Vaccination in the Punjab 1897-1904 - 1897-1904
Year: 1897
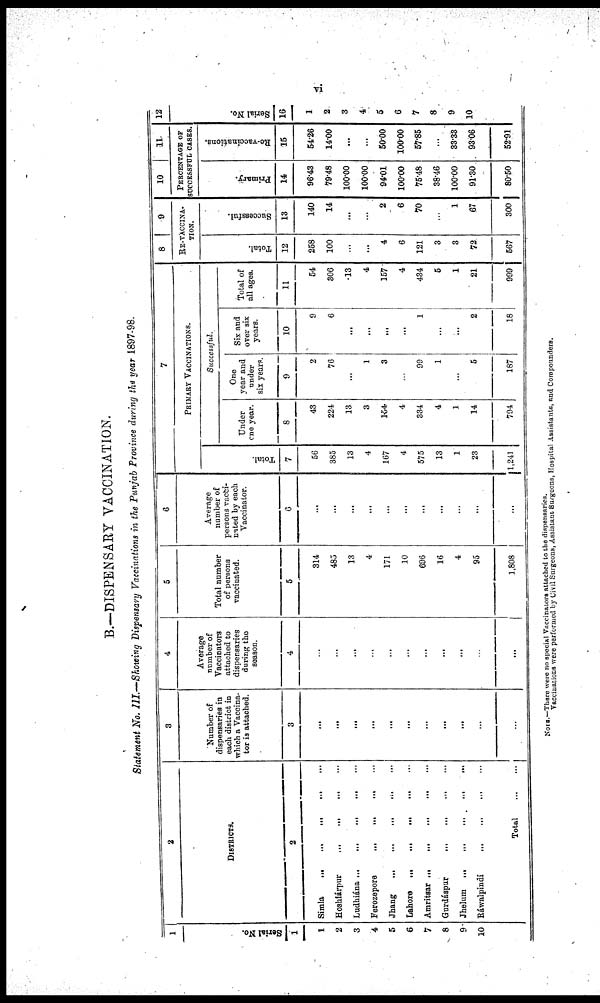
vi
B.—DISPENSARY VACCINATION.
Statement No. III.—Showing Dispensary Vaccinations in the Punjab Province during the year 1897-98.
1
Serial No.
1
1
2
3
4
5
6
7
8
9
10
2
DISTRICTS.
2
Simla
...
...
...
...
...
Hoshlárpur
...
...
...
...
Ludhiána
...
...
...
...
...
Ferozepore
...
...
... ...
Jhang
...
...
...
... ...
Lahore
...
...
...
...
...
Amritsar ...
...
...
...
...
Gurdáspur
...
...
...
...
Jhelnm ...
...
...
...
...
Ráwalpindi
...
...
...
...
Total
...
...
3
Number of
dispensaries in
each district in
which a Vaccina-
tor is attached.
3
...
...
...
...
...
...
...
...
...
...
...
4
Average
number of
Vaccinators
attached to
dispensaries
during the
season.
4
...
...
...
...
...
...
...
...
...
...
...
5
Total number
of persons
vaccinated.
5
314
485
13
4
171
10
696
16
4
95
1,808
6
Average
number of
persons vacci-
nated by each
Vaccinator.
6
...
...
...
...
...
...
...
...
...
...
...
7
PRIMARY VACCINATIONS.
Total.
7
56
385
13
4
167
4
575
13
1
23
1,241
Successful.
Under
one year.
8
43
224
13
3
154
4
334
4
1
14
794
One
year and
under
six years.
9
2
76
...
1
3
...
99
1
...
5
187
Six and
over six
years.
10
9
6
...
...
...
...
1
...
...
2
18
Total of
all ages.
11
54
306
13
4
157
4
434
5
1
21
999
8
9
RE-VACCINA-
-----
Total.
12
258
100
...
...
4
6
121
3
3
72
567
Successful.
13
140
14
...
...
2
6
70
...
1
67
300
10
11
PERCENTAGE OF
SUCCESSFUL CASES.
Primary.
14
96.43
79.48
100.00
100.00
94.01
100.00
75.48
38.46
100.00
91.30
80.50
Re-vaccinations.
15
54.26
14.00
...
...
50.00
100.00
57.85
...
33.33
93.06
52.91
12
Serial No.
16
1
2
3
4
5
6
7
8
9
10
NOTE.—There were no special Vaccinators attached to the dispensaries.
Vaccinations were performed by Civil Surgeons, Assistant Surgeons, Hospital Assistants, and Compounders.